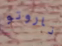
ناروتو